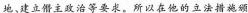
地、建立僭主政治等要求。所以在他的立法措施颁